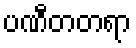
ပဏီတတရာ